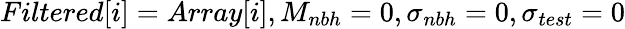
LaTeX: Filtered[i]=Array[i],M_{nbh}=0,\sigma_{nbh}=0,\sigma_{test}=0